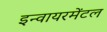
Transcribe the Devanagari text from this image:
इन्वायरमेंटल